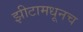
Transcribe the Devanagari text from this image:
झीटामधूनच